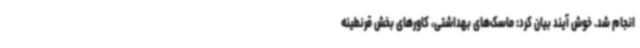
انجام شد. خوش آیند بیان کرد: ماسک‌های بهداشتی، کاورهای بخش قرنطینه